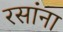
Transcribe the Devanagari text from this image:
रसांना